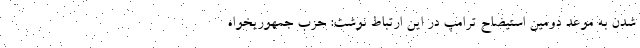
شدن به موعد دومین استیضاح ترامپ در این ارتباط نوشت: حزب جمهوریخواه